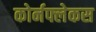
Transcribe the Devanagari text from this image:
कोर्नफ्लेकस